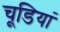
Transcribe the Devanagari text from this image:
चूडि़यां